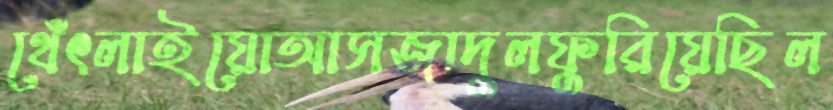
থেঁৎলাইয়োআসজাদুলফুরিয়েছিল